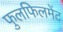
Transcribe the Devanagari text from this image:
फुलफिलमेंट